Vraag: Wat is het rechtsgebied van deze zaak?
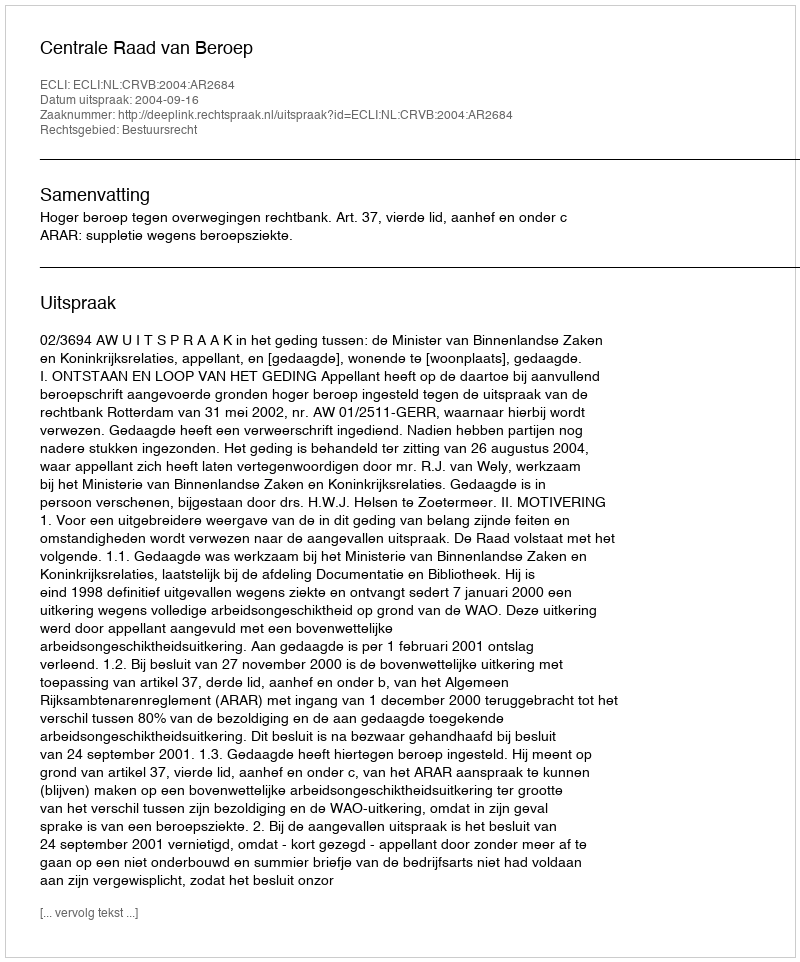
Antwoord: Bestuursrecht